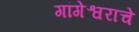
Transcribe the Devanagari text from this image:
गांगेश्वराचे